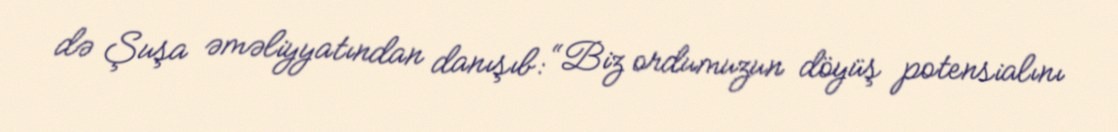
də Şuşa əməliyyatından danışıb: “Biz ordumuzun döyüş potensialını